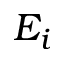
E _ { i }